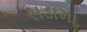
સડામા